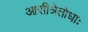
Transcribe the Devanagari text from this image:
आसीत्रेतोधाः